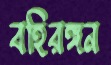
বহিরঙ্গন